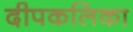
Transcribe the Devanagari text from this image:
दीपकलिका